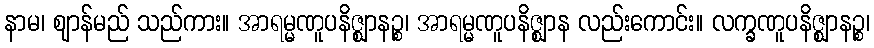
နာမ၊ ဈာန်မည် သည်ကား။ အာရမ္မဏူပနိဇ္ဈာနဉ္စ၊ အာရမ္မဏူပနိဇ္ဈာန လည်းကောင်း။ လက္ခဏူပနိဇ္ဈာနဉ္စ၊